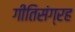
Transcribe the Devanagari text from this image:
गीतिसंग्रह